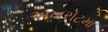
અખરોટમા